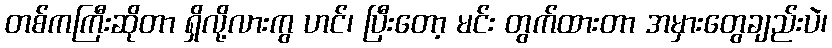
တစ်ကကြီးဆိုတာ ရှိလို့လားကွ ဟင်၊ ပြီးတော့ မင်း တွက်ထားတာ အမှားတွေချည်းပဲ၊